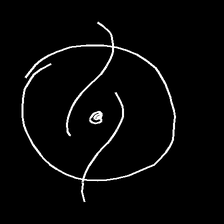
Glyph: repetition